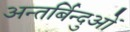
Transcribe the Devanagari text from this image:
अन्तर्बिन्दुओं